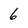
Character: 6